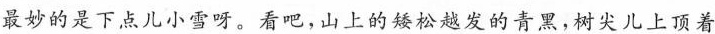
最妙的是下点儿小雪呀。看吧，山上的矮松越发的青黑，树尖儿上顶着